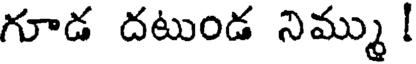
గూడ దటుండ నిమ్ము !